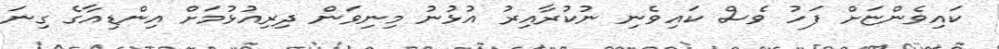
ކައިވެންޏަށް ފަހު ވެސް ކައިވެނި ނުކުރާއިރު އުޅުނު މިނިވަން ދިރިއުޅުމަށް އިންޑިއާގެ ގިނަ